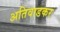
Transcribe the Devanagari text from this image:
अतिवाडकर